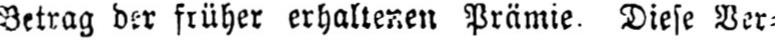
Betrag der früher erhaltenen Prämie. Diese Ver⸗